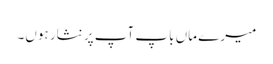
میرے ماں باپ آپ پر نثار ہوں۔